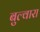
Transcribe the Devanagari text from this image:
बुल्वारा